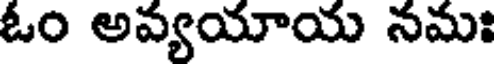
ఓం అవ్యయాయ నమః